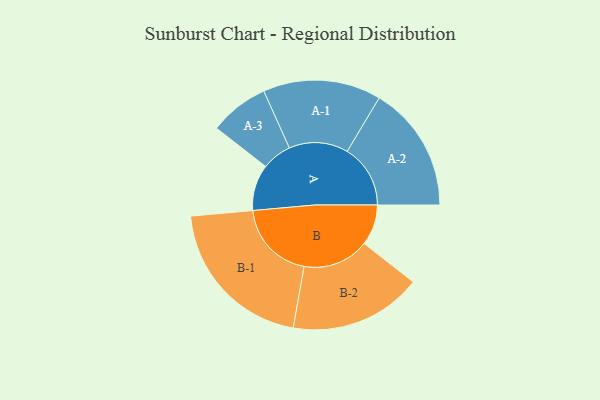
{"axis": {"x": "Segment", "y": "Value"}, "legend": ["", "A", "B"], "data": [{"x": "A", "y": 164, "type": ""}, {"x": "B", "y": 145, "type": ""}, {"x": "A-1", "y": 210, "type": "A"}, {"x": "A-2", "y": 225, "type": "A"}, {"x": "A-3", "y": 106, "type": "A"}, {"x": "B-1", "y": 285, "type": "B"}, {"x": "B-2", "y": 236, "type": "B"}]}